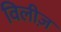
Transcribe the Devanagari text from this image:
विलीज़